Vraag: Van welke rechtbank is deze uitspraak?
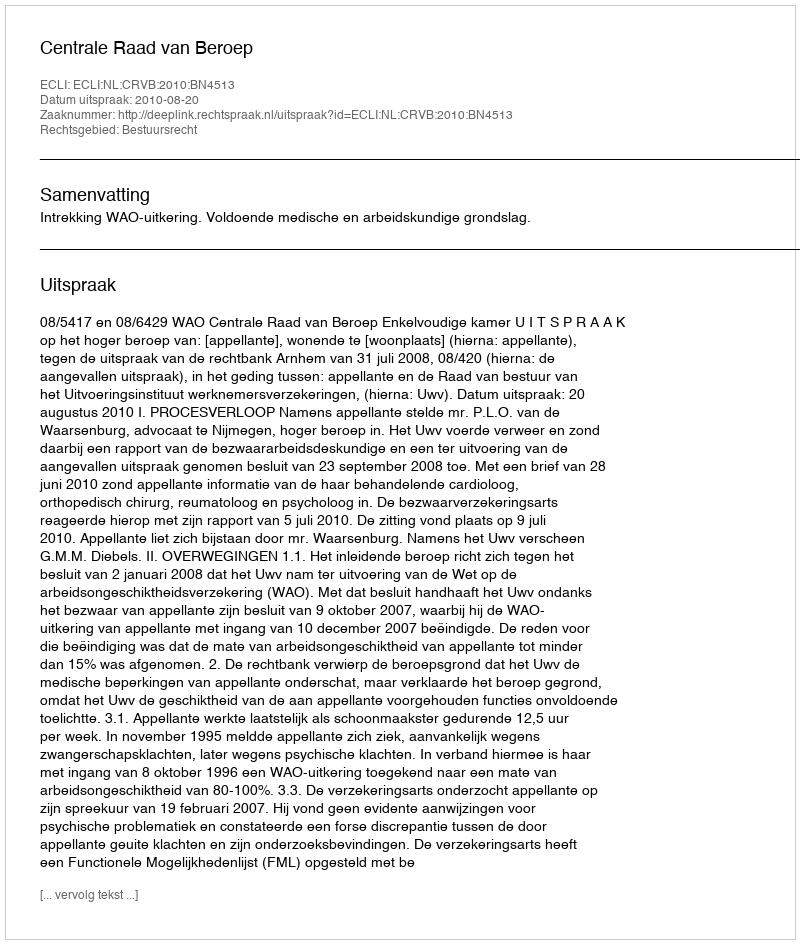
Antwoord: Centrale Raad van Beroep